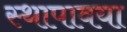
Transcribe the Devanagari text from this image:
स्थापावया